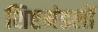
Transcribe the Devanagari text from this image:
शिष्टमंडलों